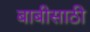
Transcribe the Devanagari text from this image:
बाबीसाठी